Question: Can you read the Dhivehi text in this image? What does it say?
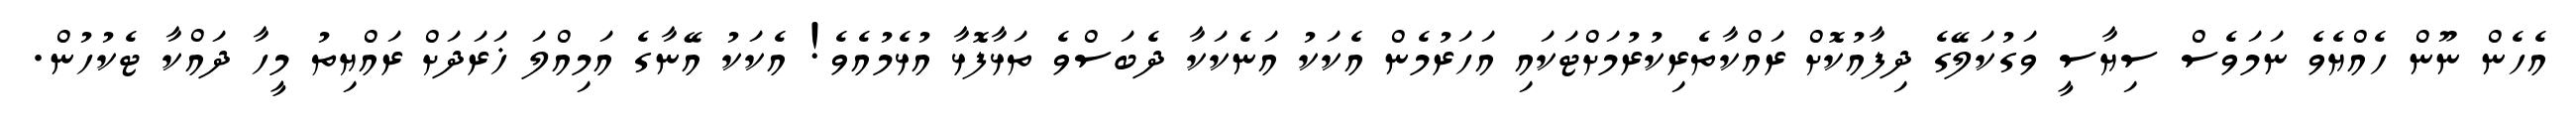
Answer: އެހެން ނޫން ހެއްޔެވެ ނަމަވެސް ސިޔާސީ ވަގުކަލޭގެ ދިފާއުކޮށް ރައްކާތެރިކުރުމަށްޓަކައި އަހަރުމެން އެކަކު އަނެކަކާ ދެބަސްވެ ތަޅާފޮޅާ އުޅެމުއެވެ! އެކަކު އޭނާގެ އަމިއްލަ ޚަރަދަށް ރައްޔިތު މީހާ ދައްކާ ޓެކުހުން.